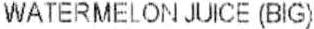
WATERMELON JUICE (BIG)